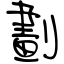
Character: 劃